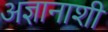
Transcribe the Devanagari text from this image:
अज्ञानाशी